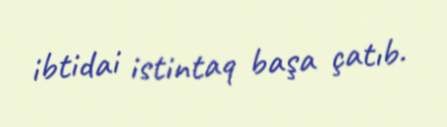
ibtidai istintaq başa çatıb.